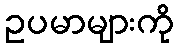
ဥပမာများကို